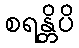
စရန္တိပိ